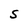
Character: S